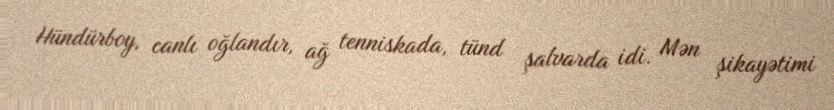
Hündürboy, canlı oğlandır, ağ tenniskada, tünd şalvarda idi. Mən şikayətimi